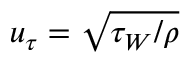
u _ { \tau } = \sqrt { \tau _ { W } / \rho }